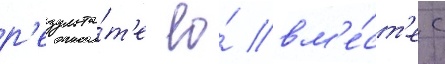
р'езульта́т'е ео́ вм'е́ст'е с